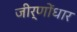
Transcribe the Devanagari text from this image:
जीर्णोंधार